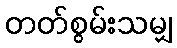
တတ်စွမ်းသမျှ